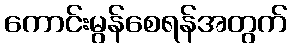
ကောင်းမွန်စေရန်အတွက်